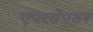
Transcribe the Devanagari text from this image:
एपरसेपसन